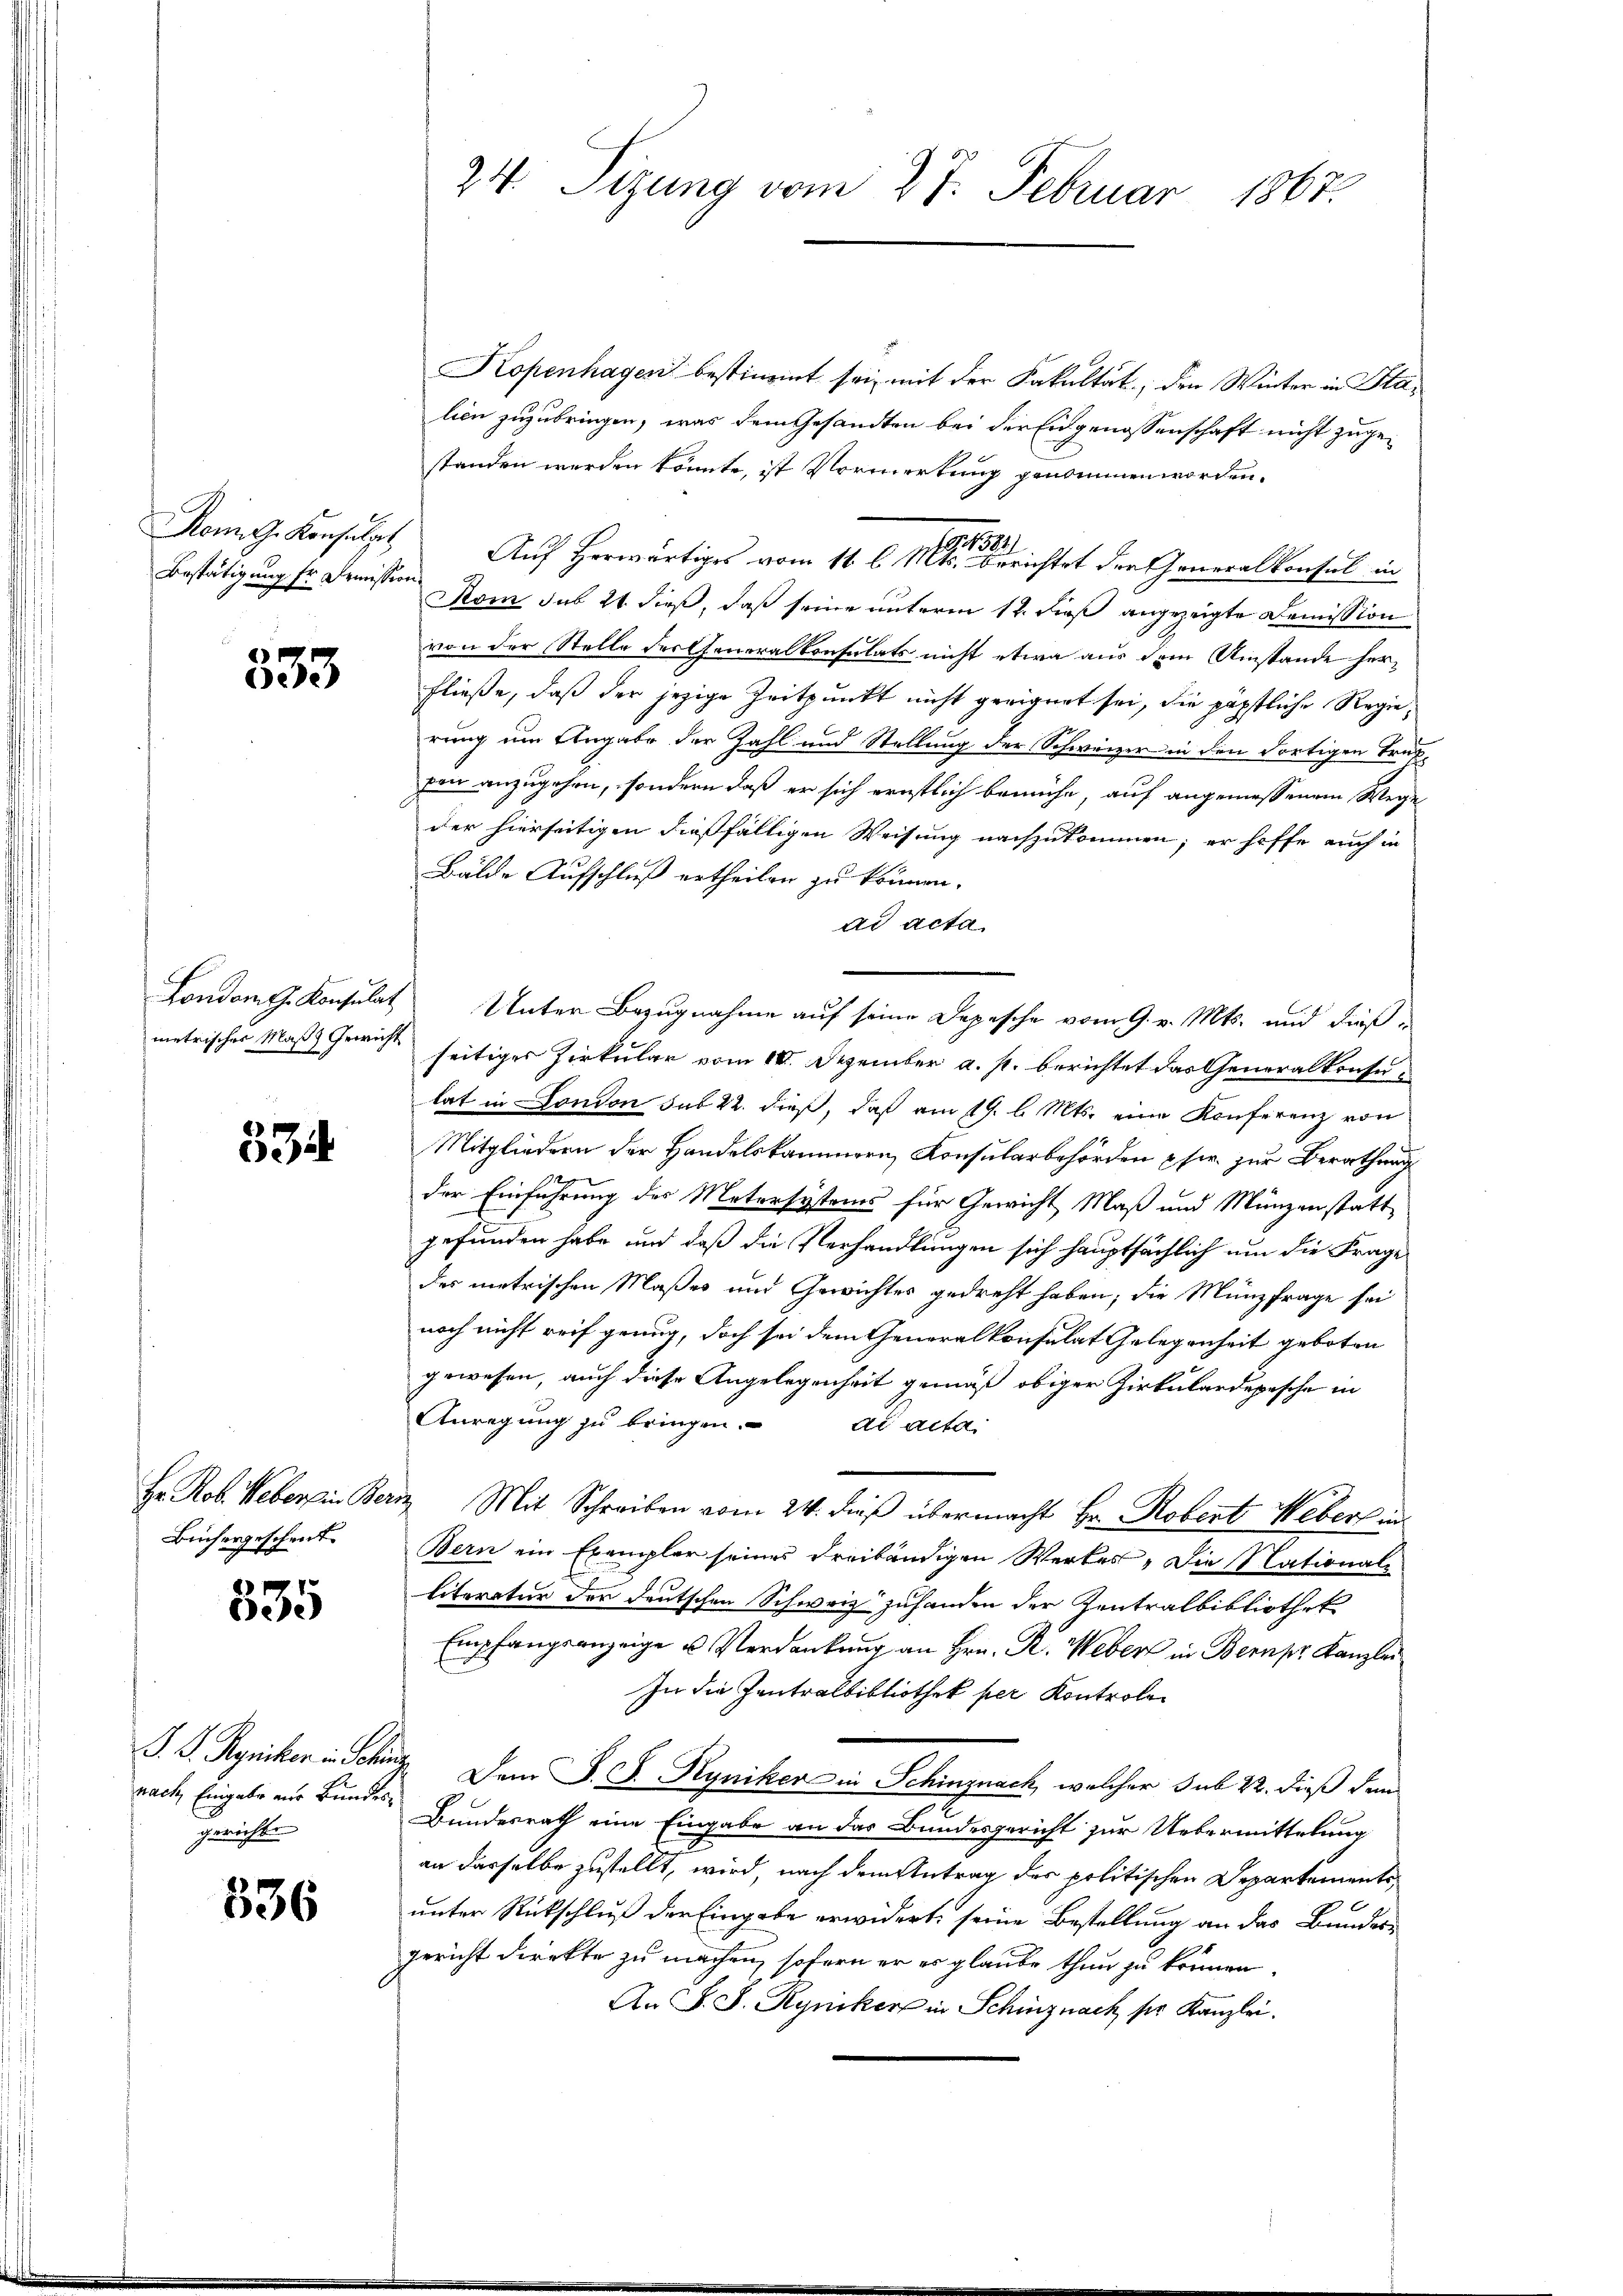
Bestätigung fr. Demission

333

334

Hr. Rob. Weber in Ber
Büchergeschent

335

P. F. Ryriken in Schen
nach Eingabe nur Bundesgericht.

536

24. Sizung vom 27. Februar 1867.

Kopenhagen bestimmt sei, mit der Fakultät, den Winter in Plalien zuzubringen, was dem Gesandten bei der Eidgenossenschaft nicht zugestanden werden könnte, ist Vormerkung genommen worden.
Kong. Konsulat Auf herwärtiges vom 16. l. Mts. berichtet der Generalkonsul in
Rom sub 24 dieß, daß seine unterm 12. dieß angezeigte Demission
von der Stelle derfeneralkonsulats nicht etwa aus dem Umstände herfließe, daß der jezige Zeitpunkt nicht geeignet sei, die päpstliche Regierung um Angabe der Zahl und Stellung der Schweizer in den dortigen Truppen anzugehen, sondern daß er sich ernstlich bemühe, auf angemessenem Wege
der hierseitigen dießfälligen Weisung nachzukommen; er hoffe auch in
Bälde Aufschluß ertheilen zu können.
ad acta
Londom g. Konsulat Unter Bezugnahme auf seine Depesche vom 9. v. Mts. und dießmetrisches Maß Gericht seitiges Zirkular vom 10. Dezember a. p. berichtet das Generalkonsulat in London sub 22. dieß, daß am 19. l. Mts. eine Konferenz von
Mitgliedern der Handelskammern, Konsularbehörden usw. zur Berathung
De
der Einführung des Matersystems für Gewicht Maß und Münzenstattgefunden habe und daß die Verhandlungen sich hauptsächlich um die Frage
des metrischen Maßes und Gewichtes gedreht haben; die Münzfrage sei
noch nicht reif genug, doch sei dem Generalkonsulat Gelegenheit geboten
gewesen, auch diese Angelegenheit gemäß obiger Zirkulardepesche in
Anregung zu bringen.
de acta.
en Mit Schreiben vom 24. dieß übermacht Hr. Robert Webers in
Bern ein Exemplar seines Freibändigen Werkes, die Nationale
literatur der deutschen Schweiz zuhanden der Zentralbibliothek
Empfangsanzeige u. Verdankung an Hrn. R. Weber in Bern pr. Kanzlei
In die Zentralbibliothek per Kontrole
 Dem J. J. Ryniker in Schinznach, welcher sub 22. dieß dem
Bundesrath eine Eingabe an das Bundesgericht zur Uebermittelung
an dasselbe zustellt, wird, nach dem Antrag der politischen Departements
unter Rückschluß der Eingabe erwidert, seine Bestellung an das Bundes-
gericht direkte zu machen, sofern er es glaube thun zu können.
An F. S. Ryniker in Schinznach ser Kanzlei.

1810.